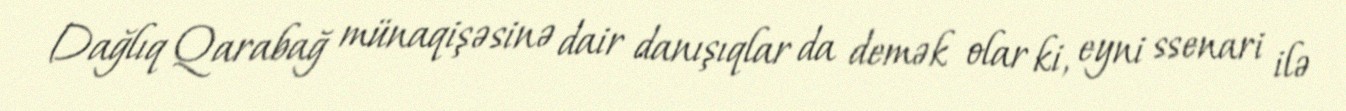
Dağlıq Qarabağ münaqişəsinə dair danışıqlar da demək olar ki, eyni ssenari ilə